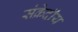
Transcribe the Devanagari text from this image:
संक्रेदीय